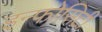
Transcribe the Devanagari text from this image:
इन्फोसिटी